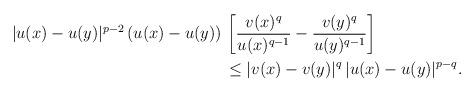
LaTeX: \begin{align*}|u(x)-u(y)|^{p-2}\, (u(x)-u(y))\,& \left[\frac{v(x)^q}{u(x)^{q-1}}-\frac{v(y)^q}{u(y)^{q-1}}\right]\\&\le|v(x)-v(y)|^q\,|u(x)-u(y)|^{p-q}.\end{align*}